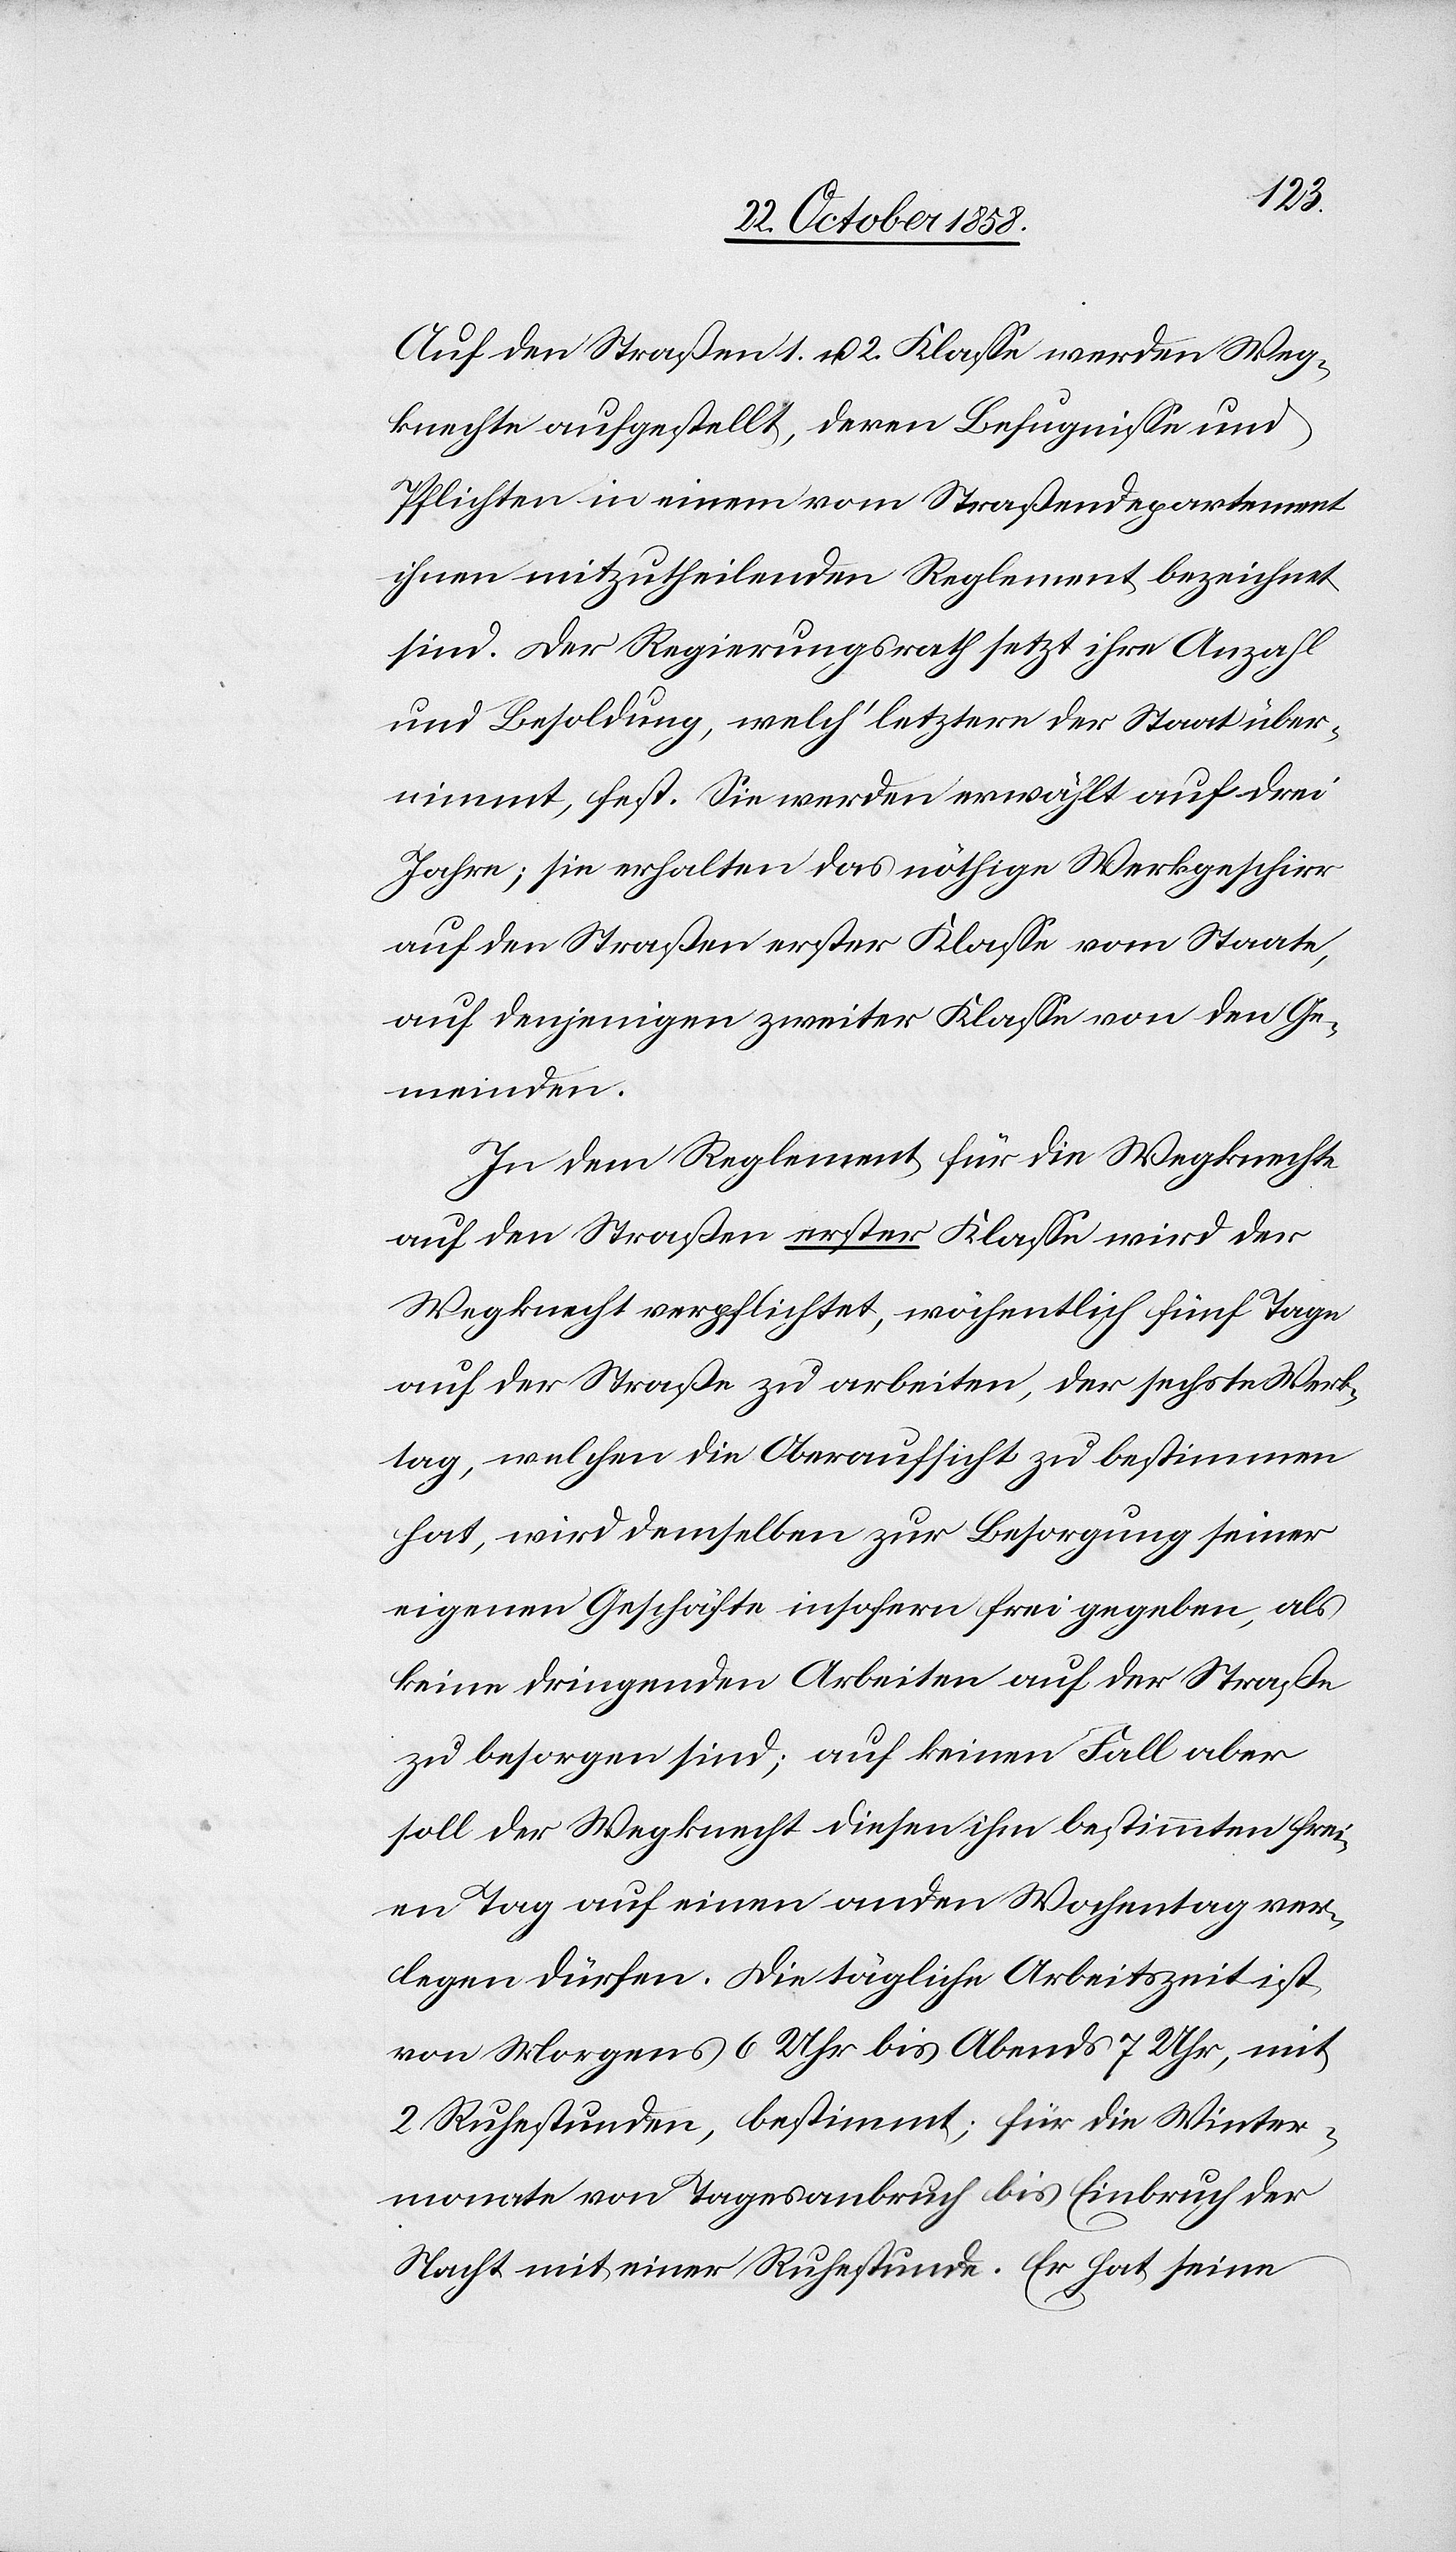
Auf den Straßen 1. u. 2. Klasse werden Weg¬
knechte aufgestellt, deren Befugnisse und
Pflichten in einem vom Straßendepartement
ihnen mitzutheilenden Reglement bezeichnet
sind. Der Regierungsrath setzt ihre Anzahl
und Besoldung, welch‘ letztere der Staat über¬
nimmt, fest. Sie werden erwählt auf drei
Jahre; sie erhalten das nöthige Werkgeschirr
auf den Straßen erster Klasse vom Staate,
auf denjenigen zweiter Klasse von den Ge¬
meinden.
In dem Reglement für die Wegknechte
auf den Straßen erster Klasse wird der
Wegknecht verpflichtet, wöchentlich fünf Tage
auf der Straße zu arbeiten, der sechste Werk¬
tag, welchen die Oberaufsicht zu bestimmen
hat, wird demselben zur Besorgung seiner
eigenen Geschäfte insofern frei gegeben, als
keine dringenden Arbeiten auf der Straße
zu besorgen sind; auf keinen Fall aber
soll der Wegknecht diesen ihm bestimmten frei¬
en Tag auf einen ande[r]n Wochentag ver¬
legen dürfen. Die tägliche Arbeitszeit ist
von Morgens 6 Uhr bis Abends 7 Uhr, mit
2 Ruhestunden, bestimmt; für die Winter¬
monate von Tagesanbruch bis Einbruch der
Nacht mit einer Ruhestunde. Er hat seine